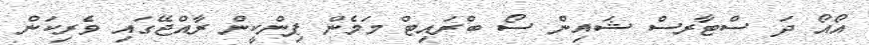
އޯއޯ ދަ ސްޓާރސް ޝައިން ސޯ ބްރައިޓް މަމެން ޕިންކީން ރާއްޖޭގައި ވެރިކަން